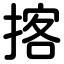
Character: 揢